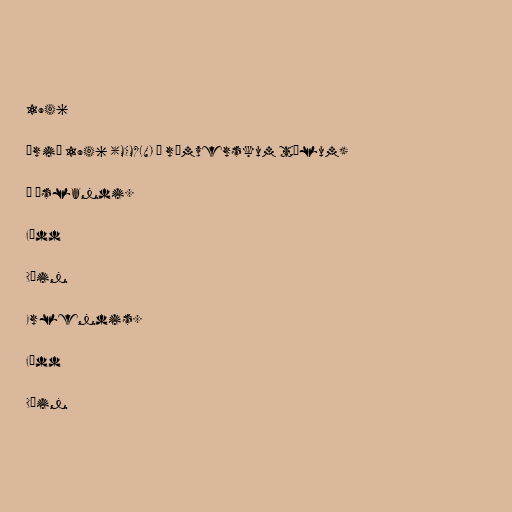
1946

Árið 1946 (MCMXLVI í rómverskum tölum)

Á Íslandi.

Fædd

Dáin

Erlendis.

Fædd

Dáin